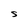
Character: S